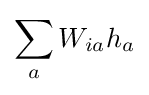
\sum _{a}W_{ia}h_{a}